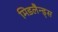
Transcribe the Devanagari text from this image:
मिडलैन्ड्स